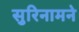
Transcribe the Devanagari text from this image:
सुरिनामने